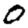
Digit: 0